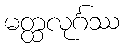
မတ္ထလုင်္ဂဿ